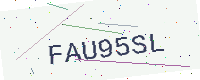
Text: FAU95SL